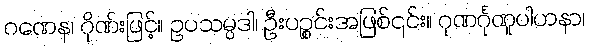
ဂဏေန၊ ဂိုဏ်းဖြင့်။ ဥပသမ္ပဒါ၊ ဦးပဉ္စင်းအဖြစ်၎င်း။ ဂုဏင်္ဂုဏူပါဟနာ၊